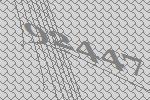
92447